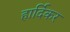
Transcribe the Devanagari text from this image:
हार्दिकर